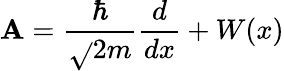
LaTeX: \mathbf{A}={\frac{{\hbar}}{{\sqrt{}{{2m}}}}}{\frac{{d}}{{dx}}}+W(x)